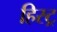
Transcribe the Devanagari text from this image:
हिस्ट्र